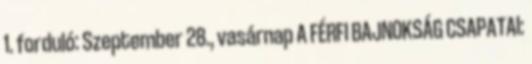
1. forduló: Szeptember 28., vasárnap A FÉRFI BAJNOKSÁG CSAPATAI: